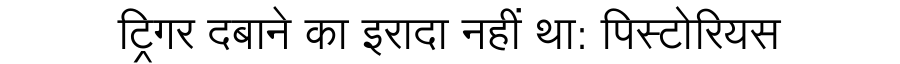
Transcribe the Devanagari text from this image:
ट्रिगर दबाने का इरादा नहीं था: पिस्टोरियस